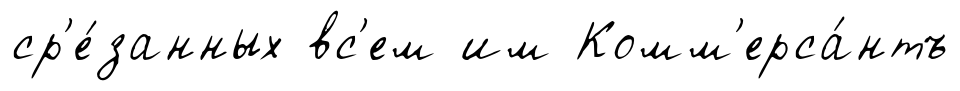
ср'е́занных вс'ем им Комм'ерса́нтъ